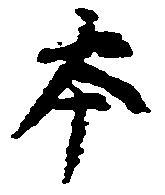
本